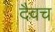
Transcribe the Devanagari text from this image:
दैवच